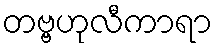
တဗ္ဗဟုလီကာရာ